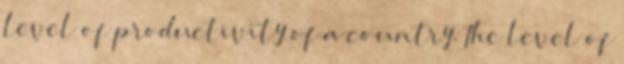
level of productivity of a country. The level of